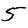
Digit: 5